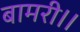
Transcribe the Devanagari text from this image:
बामरी।।